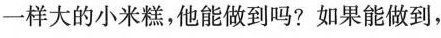
一样大的小米糕，他能做到吗?如果能做到，